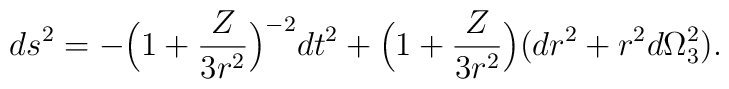
ds^2=-\Big(1+{Z\over 3r^2}\Big)^{-2}dt^2+\Big(1+{Z\over 3r^2}\Big)(dr^2+r^2d\Omega_3^2).